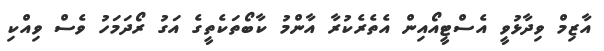
އާޒިމް ވިދާޅުވީ އެސްޓީއޯއިން އެތެރެކުރާ އާންމު ކާބޯތަކެތީގެ އަގު ރޯދަމަހު ވެސް ވިއްކި